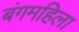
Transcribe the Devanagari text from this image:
बंगमहिला